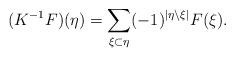
LaTeX: \begin{align*} (K^{-1}F)(\eta) = \sum \limits_{\xi \subset \eta}(-1)^{|\eta \backslash \xi|}F(\xi).\end{align*}